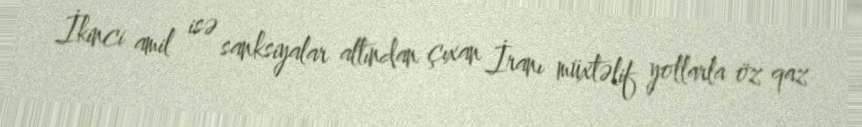
İkinci amil isə sanksiyalar altından çıxan İranı müxtəlif yollarla öz qaz